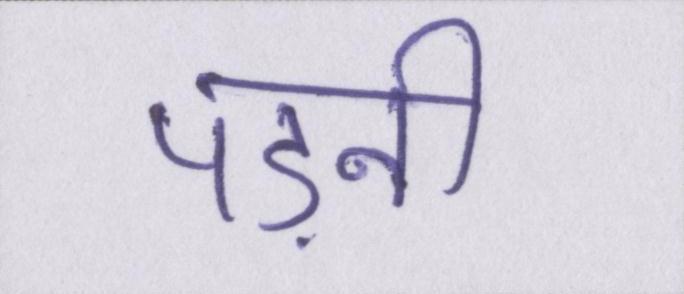
पड़नी